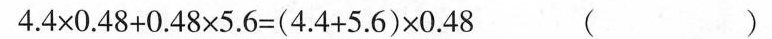
$$4 . 4 \times 0 . 4 8 + 0 .4 8 \times 5 . 6 = ( 4 . 4 + 5 . 6 )\times 0 . 4 8$$ （）